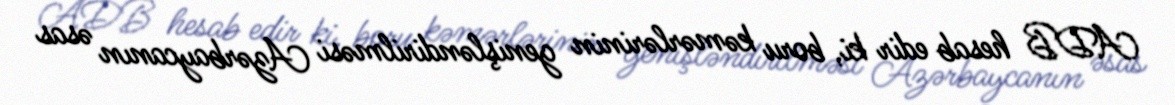
ADB hesab edir ki, boru kəmərlərinin genişləndirilməsi Azərbaycanın əsas